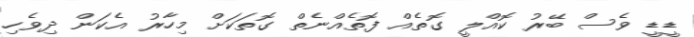
ޑީޑީ ވެސް ބޭރު ކޮއްލީ ގޮތެއް ފޮތެއްނެތް ގޮތަކަށް މިހާރު އެކަން ދިވެހި